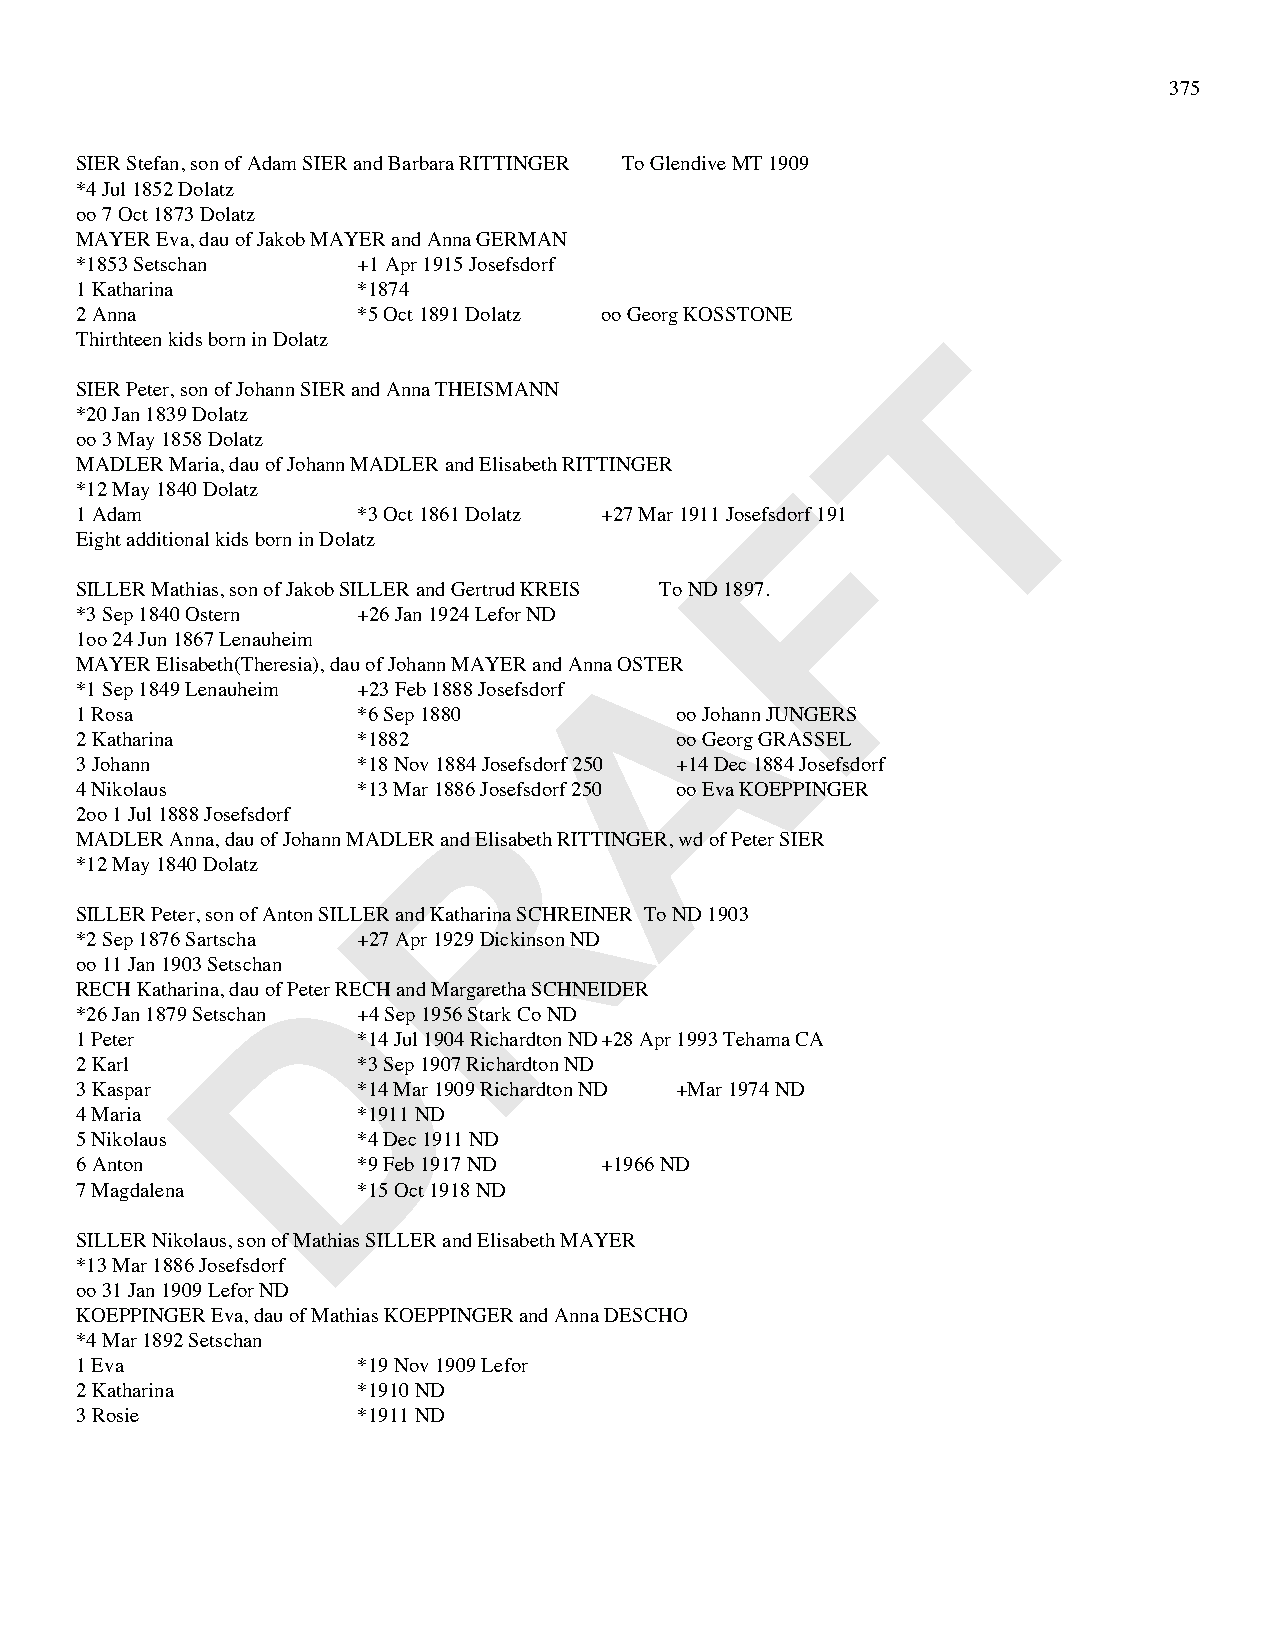
375
 SIER Stefan, son of Adam SIER and Barbara RITTINGER To Glendive MT 1909
 *4 Jul 1852 Dolatz
 oo 7 Oct 1873 Dolatz
 MAYER Eva, dau of Jakob MAYER and Anna GERMAN
 *1853 Setschan     +1 Apr 1915 Josefsdorf
 1 Katharina        *1874
 2 Anna             *5 Oct 1891 Dolatz oo Georg KOSSTONE
 T
 Thirthteen kids born in Dolatz
 SIER Peter, son of Johann SIER and Anna THEISMANN
 *20 Jan 1839 Dolatz
 oo 3 May 1858 Dolatz
 MADLER Maria, dau of Johann MADLER and Elisabeth RITTINGER F
 *12 May 1840 Dolatz
 1 Adam             *3 Oct 1861 Dolatz +27 Mar 1911 Josefsdorf 191
 Eight additional kids born in Dolatz
 SILLER Mathias, son of Jakob SILLER and Gertrud KREIS To ND 1897.
 *3 Sep 1840 Ostern +26 Jan 1924 Lefor ND A
 1oo 24 Jun 1867 Lenauheim
 MAYER Elisabeth(Theresia), dau of Johann MAYER and Anna OSTER
 *1 Sep 1849 Lenauheim +23 Feb 1888 Josefsdorf
 1 Rosa             *6 Sep 1880          oo Johann JUNGERS
 2 Katharina        *1882                oo Georg GRASSEL
 3 Johann           *18 Nov 1884 Josefsdorf 250 +14 Dec 1884 Josefsdorf
 R
 4 Nikolaus         *13 Mar 1886 Josefsdorf 250 oo Eva KOEPPINGER
 2oo 1 Jul 1888 Josefsdorf
 MADLER Anna, dau of Johann MADLER and Elisabeth RITTINGER, wd of Peter SIER
 *12 May 1840 Dolatz
 SILLER Peter, son of Anton SILLER and Katharina SCHREINER To ND 1903
 *2 Sep 1876 Sartscha +27 Apr 1929 Dickinson ND
 D
 oo 11 Jan 1903 Setschan
 RECH Katharina, dau of Peter RECH and Margaretha SCHNEIDER
 *26 Jan 1879 Setschan +4 Sep 1956 Stark Co ND
 1 Peter            *14 Jul 1904 Richardton ND +28 Apr 1993 Tehama CA
 2 Karl             *3 Sep 1907 Richardton ND
 3 Kaspar           *14 Mar 1909 Richardton ND +Mar 1974 ND
 4 Maria            *1911 ND
 5 Nikolaus         *4 Dec 1911 ND
 6 Anton            *9 Feb 1917 ND  +1966 ND
 7 Magdalena        *15 Oct 1918 ND
 SILLER Nikolaus, son of Mathias SILLER and Elisabeth MAYER
 *13 Mar 1886 Josefsdorf
 oo 31 Jan 1909 Lefor ND
 KOEPPINGER Eva, dau of Mathias KOEPPINGER and Anna DESCHO
 *4 Mar 1892 Setschan
 1 Eva              *19 Nov 1909 Lefor
 2 Katharina        *1910 ND
 3 Rosie            *1911 ND